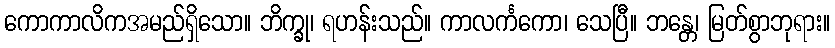
ကောကာလိကအမည်ရှိသော။ ဘိက္ခု၊ ရဟန်းသည်။ ကာလင်္ကကော၊ သေပြီ။ ဘန္တေ၊ မြတ်စွာဘုရား။